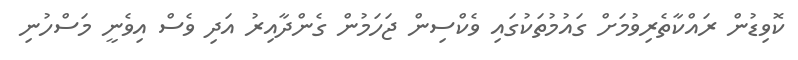
ކޮވިޑުން ރައްކާތެރިވުމަށް ގައުމުތަކުގައި ވެކްސިން ޖަހަމުން ގެންދާއިރު އަދި ވެސް އިވެނީ މަސްހުނި